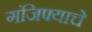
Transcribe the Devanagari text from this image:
गंजिफ्याचे